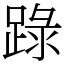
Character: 䟿